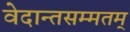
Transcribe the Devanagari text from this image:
वेदान्तसम्मतम्